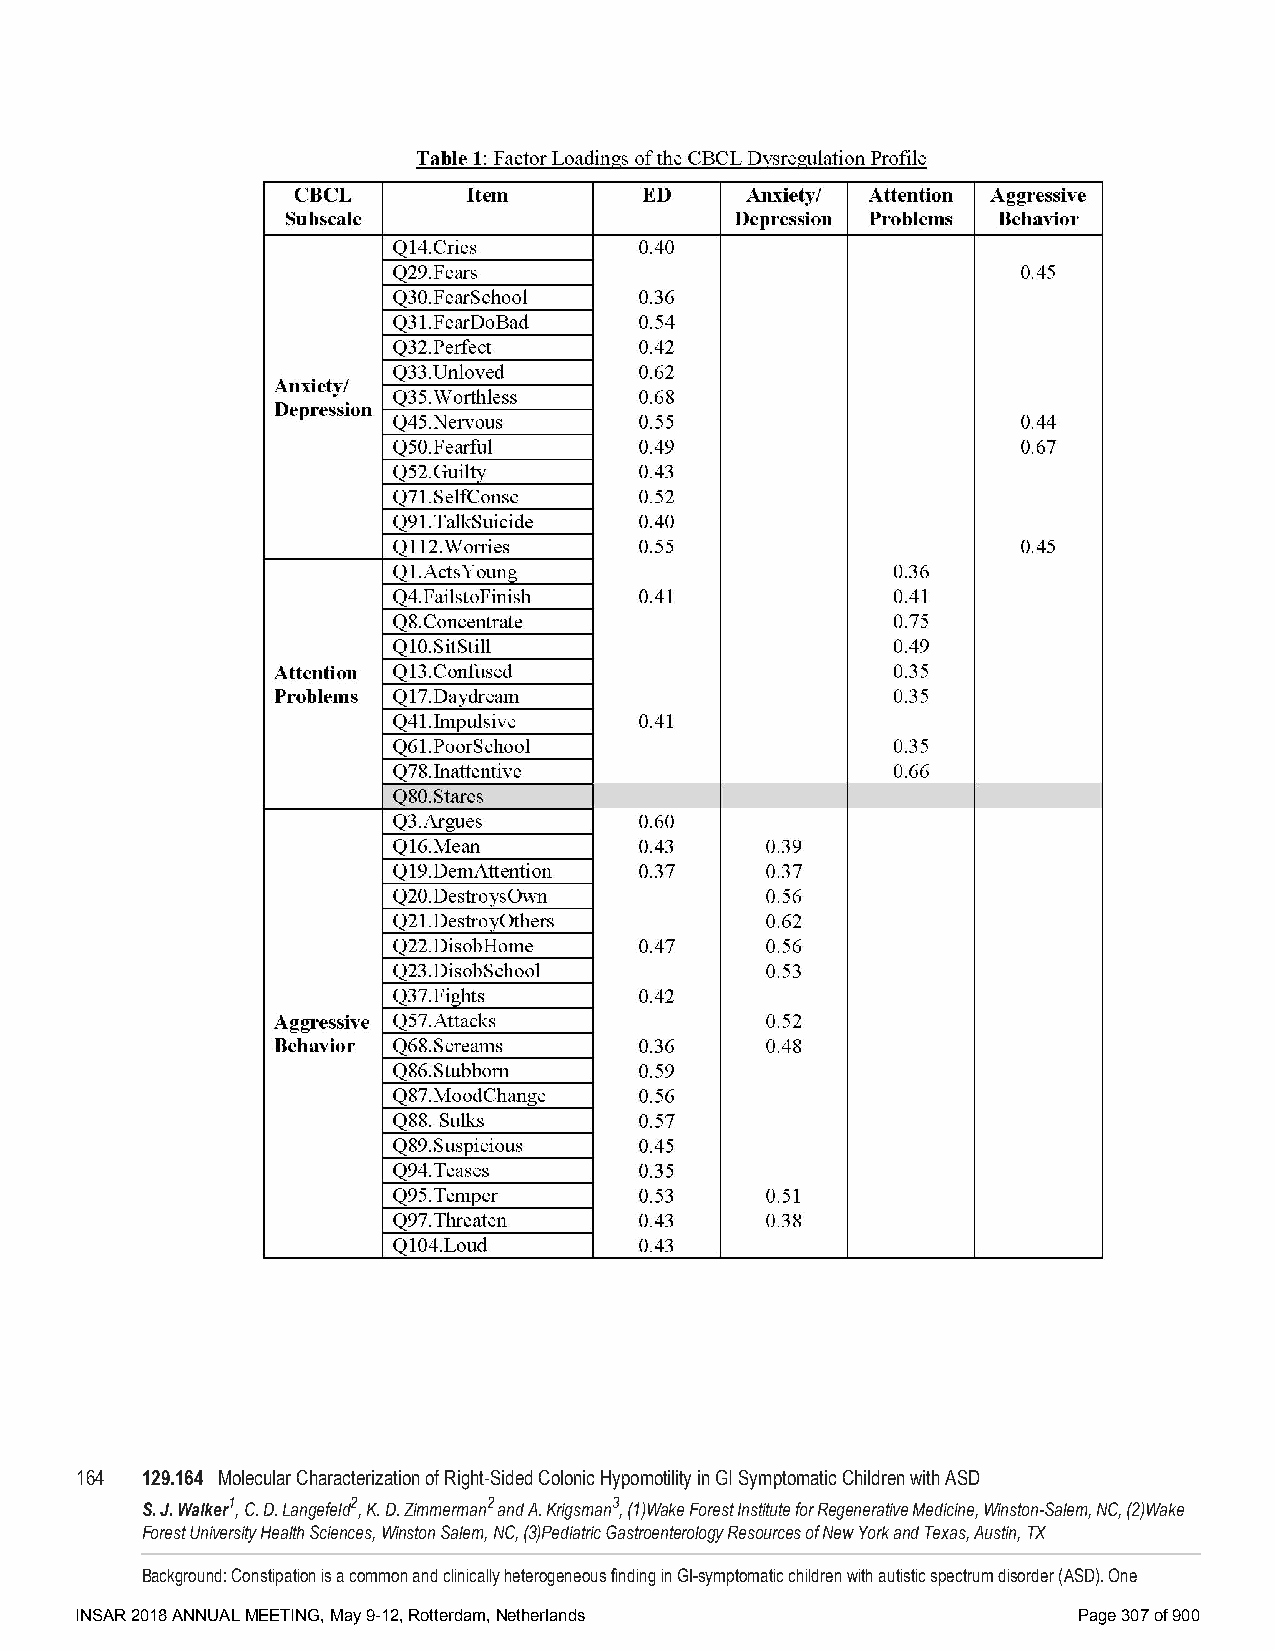
164 129.164 Molecular Characterization of Right-Sided Colonic Hypomotility in GI Symptomatic Children with ASD
 S. J. Walker1, C. D. Langefeld2, K. D. Zimmerman2 and A. Krigsman3, (1)Wake Forest Institute for Regenerative Medicine, Winston-Salem, NC, (2)Wake
 Forest University Health Sciences, Winston Salem, NC, (3)Pediatric Gastroenterology Resources of New York and Texas, Austin, TX
 Background: Constipation is a common and clinically heterogeneous finding in GI-symptomatic children with autistic spectrum disorder (ASD). One
 INSAR 2018 ANNUAL MEETING, May 9-12, Rotterdam, Netherlands       Page 307 of 900